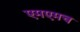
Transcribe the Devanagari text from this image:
एमएमच